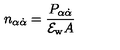
n _ { \alpha \dot { \alpha } } = \frac { P _ { \alpha \dot { \alpha } } } { { \cal E } _ { \mathrm { w } } A }